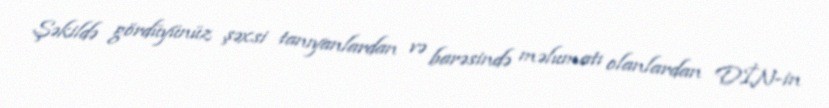
Şəkildə gördüyünüz şəxsi tanıyanlardan və barəsində məlumatı olanlardan DİN-in